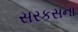
સરકસના